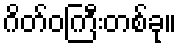
ဂိတ်ဝကြီးတစ်ခု။